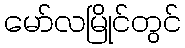
မော်လမြိုင်တွင်